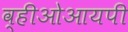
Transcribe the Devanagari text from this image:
व्हीओआयपी